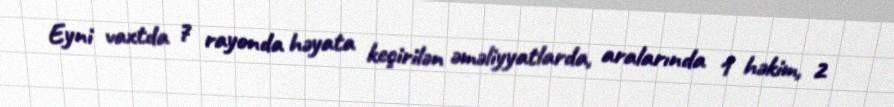
Eyni vaxtda 7 rayonda həyata keçirilən əməliyyatlarda, aralarında 1 həkim, 2